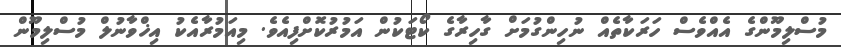
މުސްލިމޫންގެ އެއްވެސް ހަރަކާތެއް ނުހިންގުމަށް ގާހިރާގެ ކޯޓަކުން އަމުރުކޮށްފިއެވެ. މިއަމުރާއެކު އިޚްވާނުލް މުސްލިމޫން